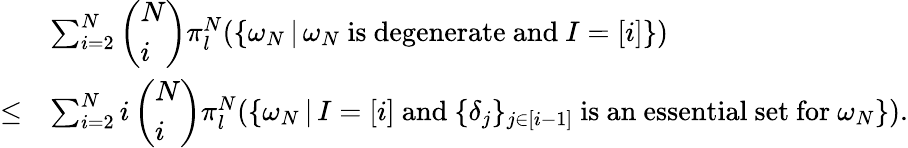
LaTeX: \begin{array}{rl}&{\sum_{i=2}^{N}\left(\begin{array}{l}{N}\\ {i}\end{array}\right)\pi_{l}^{N}(\{ \omega_{N}\, |\, \omega_{N}\mathrm{~is~degenerate~and~}I=[i]\} )}\\ {\leq}&{\sum_{i=2}^{N}i\left(\begin{array}{l}{N}\\ {i}\end{array}\right)\pi_{l}^{N}(\{ \omega_{N}\, |\, I=[i]\mathrm{~and~}\{ \delta_{j}\} _{j\in[i-1]}\mathrm{~is~an~essential~set~for~}\omega_{N}\} ).}\end{array}